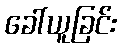
ခေါ်ယူခြင်း